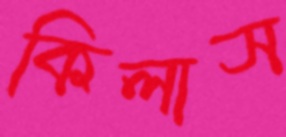
কিলাস